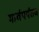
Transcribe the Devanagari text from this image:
मार्चपर्यंतच